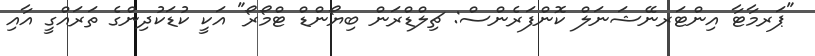
"ޕަރމާޓާ އިންޓަރނޭޝަނަލް ކޮންފަރެންސް: ޗިލްޑްރަން ބިޔޯންޑް ޓްމޯރޯ" އަކީ ކުޑަކުދިންގެ ތަރައްގީ އާއި